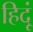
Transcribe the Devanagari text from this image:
हिदूं